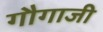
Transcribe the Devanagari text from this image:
गौगाजी